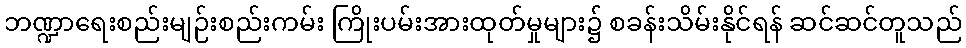
ဘဏ္ဍာရေးစည်းမျဉ်းစည်းကမ်း ကြိုးပမ်းအားထုတ်မှုများ၌ စခန်းသိမ်းနိုင်ရန် ဆင်ဆင်တူသည်